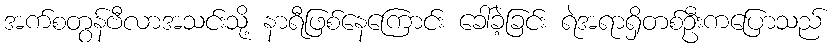
အက်စတွန်ဗီလာအသင်းသို့ နာရီဖြစ်နေကြောင်း ခေါ်ခဲ့ခြင်း ရဲအရာရှိတစ်ဦးကပြောသည်